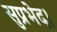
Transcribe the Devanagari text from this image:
सुप्रभेद।